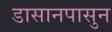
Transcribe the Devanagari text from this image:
डासानपासुन